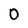
Character: O